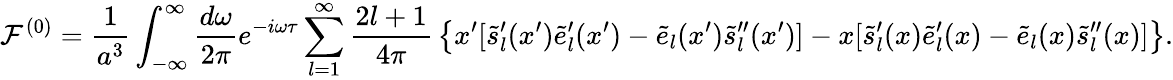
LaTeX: {\cal F}^{(0)}={\frac{1}{a^{3}}}\int_{-\infty}^{\infty}{\frac{d\omega}{2\pi}}e^{-i\omega\tau}\sum_{l=1}^{\infty}{\frac{2l+1}{4\pi}}\left\{ x^{\prime}[\tilde{s}_{l}^{\prime}(x^{\prime})\tilde{e}_{l}^{\prime}(x^{\prime})-\tilde{e}_{l}(x^{\prime})\tilde{s}_{l}^{\prime\prime}(x^{\prime})]-x[\tilde{s}_{l}^{\prime}(x)\tilde{e}_{l}^{\prime}(x)-\tilde{e}_{l}(x)\tilde{s}_{l}^{\prime\prime}(x)]\right\} .